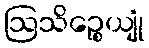
ဩသိဉ္စေယျုံ